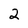
Character: 2